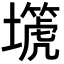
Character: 𡒞